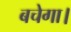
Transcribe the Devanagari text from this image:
बचेगा।